Calcutta medical institutions reports 1892-1900
Year: 1892
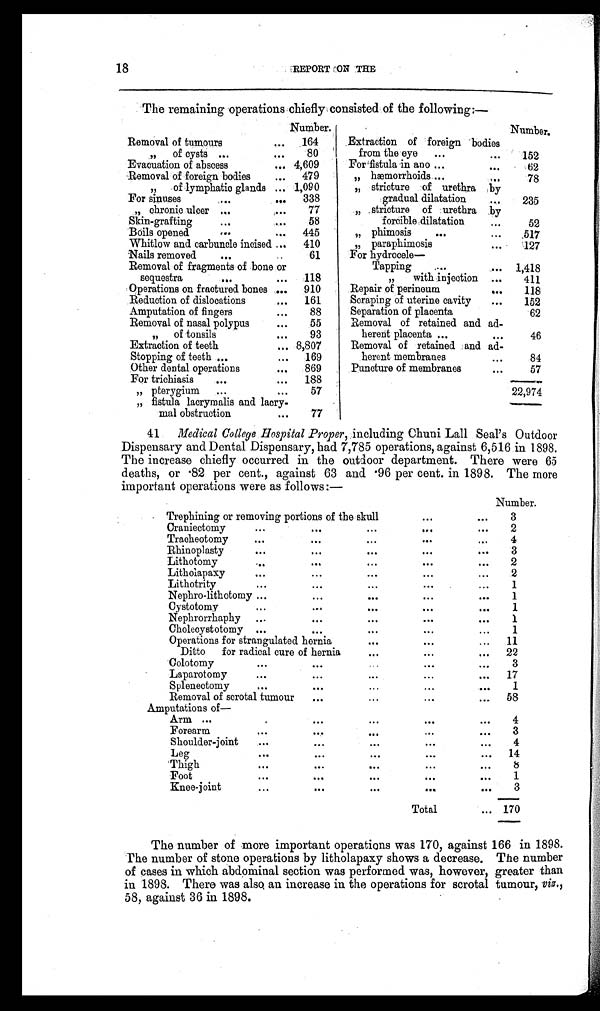
18
REPORT ON THE
The remaining operations chiefly consisted of the following:—
Number.
Number.
Removal of tumours
... 164
Extraction of foreign bodies
" o f c y s t s
. . .
. . .
80
from the eye ...
...
152
Evacuation of abscess
... 4,609
For fistula in ano ...
. . .
62
Removal of foreign bodies
. . . 479
„ hæmorrhoids ...
. . .
78
„ of lymphatio glands ... 1,090
„ stricture of urethra by
For sinuses ... . . . 338
gradual dilatation
...
235
,, chronic ulcer ...
...
77
,, stricture of urethra by
Skin-grafting
...
...
58
forcible dilatation
. . .
52
Boils opened
...
... 445
„ phimosis
...
...
517
Whitlow and carbuncle incised ... 410
„ paraphimosis
...
127
Nails removed
...
..
61
For hydrocele
—
Removal of fragments of bone or
Tapping
...
... 1,418
sequestra
...
... 118
" w i t h i n j e c t i o n
. . . 411
Operations on fractured bones ... 910
Repair of perineum
...
118
Reduction of dislocations
. . . 161
Scraping of uterine cavity
...
152
Amputation of fingers
. . .
88
Separation of placenta
62
Removal of nasal polypus
. . .
55
Removal of retained and ad-
" of tonsils
...
93
herent placenta ...
...
46
Extraction of teeth
... 8,807
Removal of retained and ad-
Stopping of teeth ...
... 169
herent membranes
. . .
84
Other dental operations
... 869
Puncture of membranes
...
57
For trichiasis
...
... 188
„ pterygium ...
. . .
57
22,974
„ fistula lacrymalis and lacry-
mal obstruction
. . .
77
41.M e d i c a l C o l l e g e H o s p i t a l P r o p e r ,i
n c l u d i n g C h u n i L a l l S e a l ' s O u t d o o r
Dispensary and Dental Dispensary, had 7,785 operations, against 6,516 in 1898.
The increase chiefly occurred in the outdoor department. There were 65
deaths, or .82 per cent., against 63 and .96 per cent. in 1898. The more
important operations were as follows :—
Number.
Trephining or removing portions of the skull
. . .
...
3
Craniectomy
... ...
...
...
. . . 2
Tracheotomy
...
...
. . . ...
. . .
4
Rhinoplasty
...
. . . ...
...
...
3
Lithotomy
...
. . .
. . .
. . . . . .
2
Litholapaxy
...
...
. . .
. . . . . .
2
Lithotrity
...
. . . ...
...
...
1
Nephro-lithotomy ...
. . .
. . . ...
. . . 1
Cystotomy
...
. . .
. . .
. . . . . .
1
Nephrorrhaphy ...
. . .
. . .
. . . . . .
1
Cholecystotomy ...
...
. . .
. . . ...
1
Operations for strangulated hernia
...
. . . ... 11
Ditto for radical cure of hernia
...
. . .
... 22
Colotomy
...
...
. . .
. . .
...
3
Laparotomy
...
. . .
. . . ...
. . . 17
Splenectomy
...
. . . ...
...
. . .
1
Removal of scrotal tumour
...
...
...
. . . 58
Amputations of—
Arm ...
. . .
. . .
. . . ...
4
Forearm ...
. . .
...
. . . . . .
3
Shoulder-joint
...
...
. . .
...
...
4
Leg
. . .
. . . ...
. . .
... 14
Thigh
...
. . . ...
. . . . . .
8
Foot
...
...
...
...
. . .
1
Knee-joint
...
. . . . . .
. . . . . .
3
Total
... 170
The number of more important operations was 170, against 166 in 1898.
The number of stone operations by litholapaxy shows a decrease. The number
of cases in which abdominal section was performed was, however, greater than
in 1898. There was also, an increase in the operations for scrotal tumour, viz.,
58, against 36 in 1898.